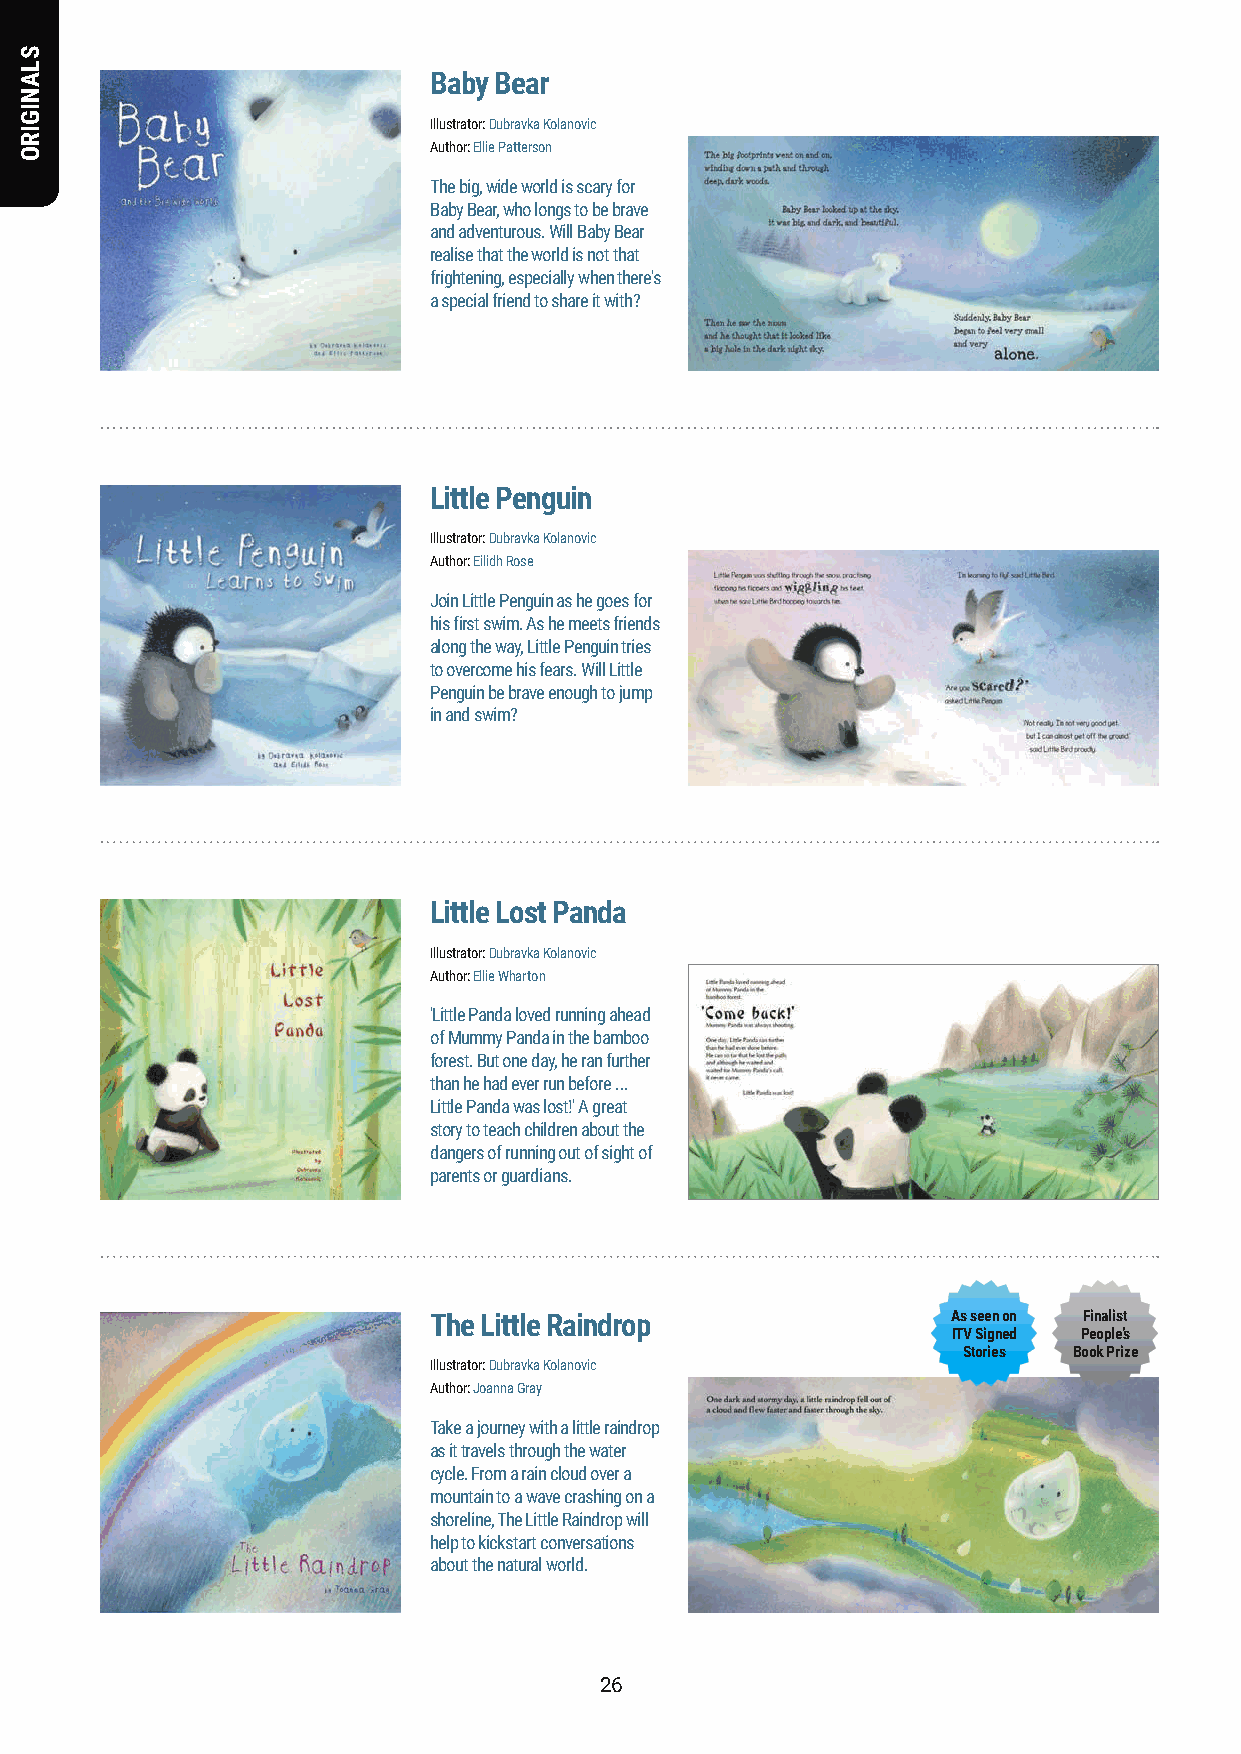
Baby Bear
 Illustrator: Dubravka Kolanovic
 Author: Ellie Patterson
 The big, wide world is scary for
 Baby Bear, who longs to be brave
 and adventurous. Will Baby Bear
 realise that the world is not that
 frightening, especially when there's
 a special friend to share it with?
 Little Penguin
 Illustrator: Dubravka Kolanovic
 Author: Eilidh Rose
 Join Little Penguin as he goes for
 his first swim. As he meets friends
 along the way, Little Penguin tries
 to overcome his fears. Will Little
 Penguin be brave enough to jump
 in and swim?
 Little Lost Panda
 Illustrator: Dubravka Kolanovic
 Author: Ellie Wharton
 'Little Panda loved running ahead
 of Mummy Panda in the bamboo
 forest. But one day, he ran further
 than he had ever run before ...
 Little Panda was lost!' A great
 story to teach children about the
 dangers of running out of sight of
 parents or guardians.
 The Little Raindrop                As seen on Finalist
 ITV Signed People’s
 Stories Book Prize
 Illustrator: Dubravka Kolanovic
 Author: Joanna Gray
 Take a journey with a little raindrop
 as it travels through the water
 cycle. From a rain cloud over a
 mountain to a wave crashing on a
 shoreline, The Little Raindrop will
 help to kickstart conversations
 about the natural world.
 2266
 SLANIGIRO